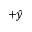
+ \hat { y }